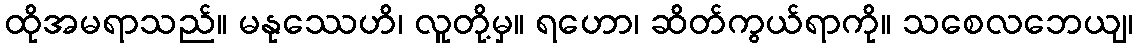
ထိုအမရာသည်။ မနုဿေဟိ၊ လူတို့မှ။ ရဟော၊ ဆိတ်ကွယ်ရာကို။ သစေလဘေယျ၊